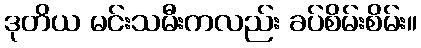
ဒုတိယ မင်းသမီးကလည်း ခပ်စိမ်းစိမ်း။